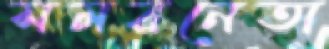
সমরনেতা